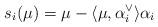
LaTeX: \begin{align*} s_i(\mu) = \mu - \langle \mu, \alpha_i^\vee \rangle \alpha_i\end{align*}